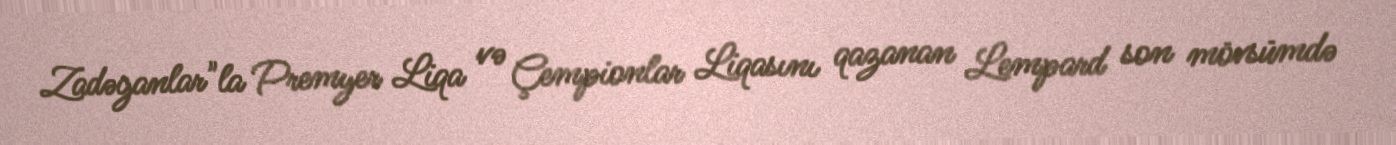
Zadəganlar"la Premyer Liqa və Çempionlar Liqasını qazanan Lempard son mövsümdə